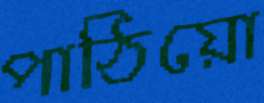
পাঠিয়ো